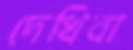
দেখিবা